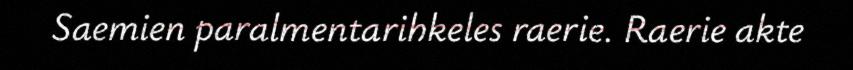
Saemien paralmentarihkeles raerie. Raerie akte